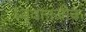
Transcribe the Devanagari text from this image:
ध्वृवानजीक